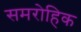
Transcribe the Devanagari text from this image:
समरोहिक